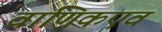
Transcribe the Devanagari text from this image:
वाणिकएवं